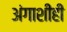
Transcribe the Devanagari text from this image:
अंगाशीही